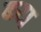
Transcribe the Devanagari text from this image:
ब्य